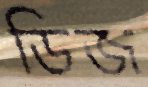
ডিজ